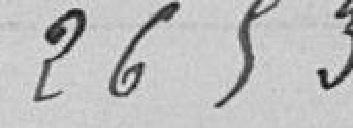
2653